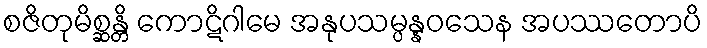
စဇိတုမိစ္ဆန္တိ ကောဋိဂါမေ အနုပသမ္ပန္နဝသေန အပဿတောပိ